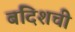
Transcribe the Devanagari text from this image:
बंदिशची